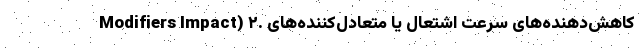
Modifiers Impact) ۲. کاهش‌دهنده‌های سرعت اشتعال یا متعادل‌کننده‌های